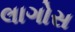
લાગોસ